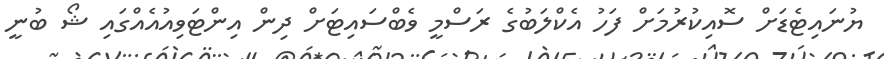
ޔުނައިޓެޑަށް ސޮއިކުރުމަށް ފަހު އެކްލަބުގެ ރަސްމީ ވެބްސައިޓަށް ދިން އިންޓަވިއުއެއްގައި ޝޯ ބުނީ